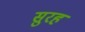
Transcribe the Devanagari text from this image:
सुरह